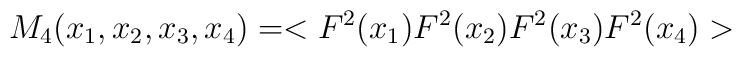
M_4(x_1,x_2,x_3,x_4) = <F^2(x_1)F^2(x_2)F^2(x_3)F^2(x_4)>